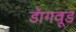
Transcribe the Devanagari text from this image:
डॅागवूड